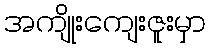
အကျိုးကျေးဇူးမှာ